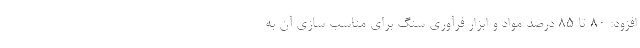
افزود: ۸۰ تا ۸۵ درصد مواد و ابزار فرآوری سنگ برای مناسب سازی آن به